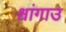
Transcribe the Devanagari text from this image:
श्वांगाउ